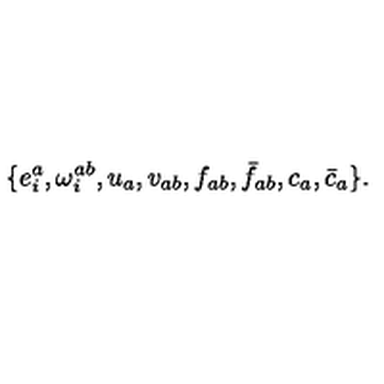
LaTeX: \{ e _ { i } ^ { a } , \omega _ { i } ^ { a b } , u _ { a } , v _ { a b } , f _ { a b } , \bar { f } _ { a b } , c _ { a } , \bar { c } _ { a } \} .